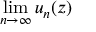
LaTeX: \operatorname* { l i m } _ { n \to \infty } u _ { n } ( z )